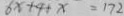
8 x + 4 + x = 1 7 2